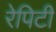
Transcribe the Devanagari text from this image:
रेपिटी